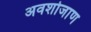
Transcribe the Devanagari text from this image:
अवशोजाण